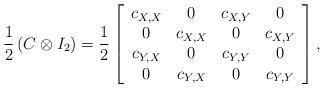
LaTeX: \begin{align*}\frac{1}{2}\left(C \otimes I_2\right) = \frac{1}{2} \left[ \begin{array}{cccc} c_{X,X} & 0 & c_{X, Y} & 0 \\ 0 & c_{X,X} & 0 & c_{X, Y} \\ c_{Y, X} & 0 & c_{Y, Y} & 0 \\ 0 & c_{Y, X} & 0 & c_{Y, Y} \end{array} \right],\end{align*}